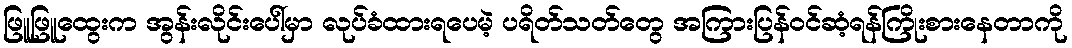
ဖြူဖြူထွေးက အွန်းလိုင်းပေါ်မှာ လုပ်ခံထားရပေမဲ့ ပရိတ်သတ်တွေ အကြားပြန်ဝင်ဆံ့ရန်ကြိုးစားနေတာကို